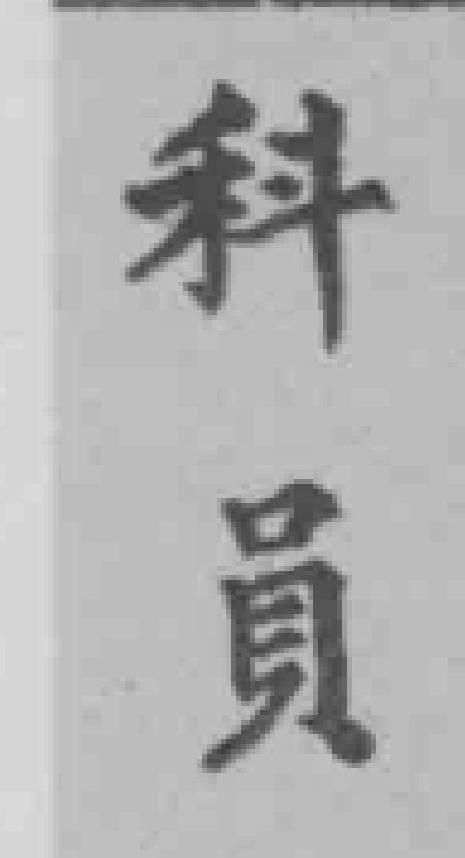
科員